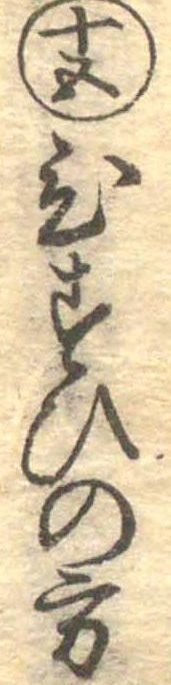
十五ひすいの方